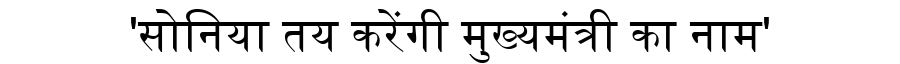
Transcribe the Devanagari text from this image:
'सोनिया तय करेंगी मुख्यमंत्री का नाम'